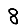
Digit: 8